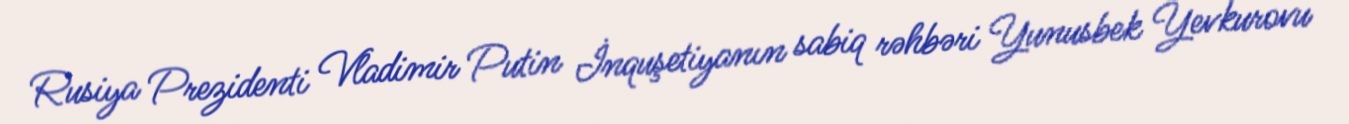
Rusiya Prezidenti Vladimir Putin İnquşetiyanın sabiq rəhbəri Yunusbek Yevkurovu